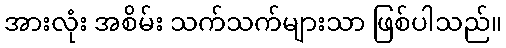
အားလုံး အစိမ်း သက်သက်များသာ ဖြစ်ပါသည်။